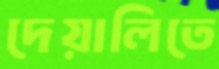
দেয়ালিতে